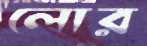
লোর